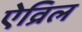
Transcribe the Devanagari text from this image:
ऐव्रिल